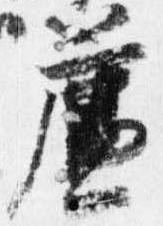
簾